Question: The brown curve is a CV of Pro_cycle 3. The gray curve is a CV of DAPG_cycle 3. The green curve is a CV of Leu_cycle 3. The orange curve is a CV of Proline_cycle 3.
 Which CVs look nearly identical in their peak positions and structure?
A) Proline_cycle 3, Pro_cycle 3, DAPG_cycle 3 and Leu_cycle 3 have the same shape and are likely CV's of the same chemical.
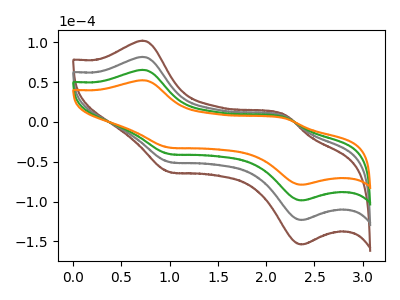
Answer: <think>The brown curve "Pro_cycle 3" has anodic peaks at (0.70V, 195.75uA) (2.20V, 16.40uA) and cathodic peaks at (1.00V, -120.75uA) (2.35V, -295.55uA). The gray curve "DAPG_cycle 3" has anodic peaks at (0.70V, 130.50uA) (2.20V, 10.95uA) and cathodic peaks at (1.00V, -80.50uA) (2.35V, -197.05uA). The green curve "Leu_cycle 3" has anodic peaks at (0.70V, 65.25uA) (2.20V, 5.45uA) and cathodic peaks at (1.00V, -40.25uA) (2.35V, -98.50uA). The orange curve "Proline_cycle 3" has anodic peaks at (0.70V, 52.25uA) (2.20V, 4.40uA) and cathodic peaks at (1.00V, -32.20uA) (2.35V, -78.85uA).
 All the peaks in "Pro_cycle 3" have a peak in "DAPG_cycle 3" at the same potential. Every peak in "Pro_cycle 3" is higher than every peak in "DAPG_cycle 3". All the peaks in "Pro_cycle 3" have a peak in "Leu_cycle 3" at the same potential. Every peak in "Pro_cycle 3" is higher than every peak in "Leu_cycle 3". All the peaks in "Pro_cycle 3" have a peak in "Proline_cycle 3" at the same potential. Every peak in "Pro_cycle 3" is higher than every peak in "Proline_cycle 3". All the peaks in "DAPG_cycle 3" have a peak in "Leu_cycle 3" at the same potential. Every peak in "DAPG_cycle 3" is higher than every peak in "Leu_cycle 3". All the peaks in "DAPG_cycle 3" have a peak in "Proline_cycle 3" at the same potential. Every peak in "DAPG_cycle 3" is higher than every peak in "Proline_cycle 3". All the peaks in "Leu_cycle 3" have a peak in "Proline_cycle 3" at the same potential. Every peak in "Leu_cycle 3" is higher than every peak in "Proline_cycle 3".</think>
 <answer>A) "Proline_cycle 3", "Pro_cycle 3", "DAPG_cycle 3" and "Leu_cycle 3" have the same shape and are likely CV's of the same chemical.</answer>
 <eval>A</eval>